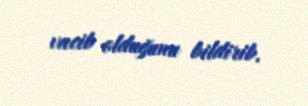
vacib olduğunu bildirib.